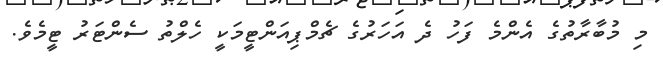
މި މުބާރާތުގެ އެންމެ ފަހު ދެ އަހަރުގެ ޗެމްޕިއަންޓީމަކީ ހެލްތު ސެންޓަރު ޓީމެވެ.